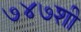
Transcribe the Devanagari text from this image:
७४७शी